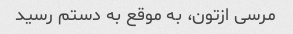
مرسى ازتون، به موقع به دستم رسید